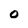
Character: 0